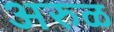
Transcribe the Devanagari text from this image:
अरुळ